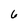
Character: 6